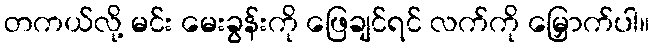
တကယ်လို့ မင်း မေးခွန်းကို ဖြေချင်ရင် လက်ကို မြှောက်ပါ။